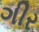
ગીર